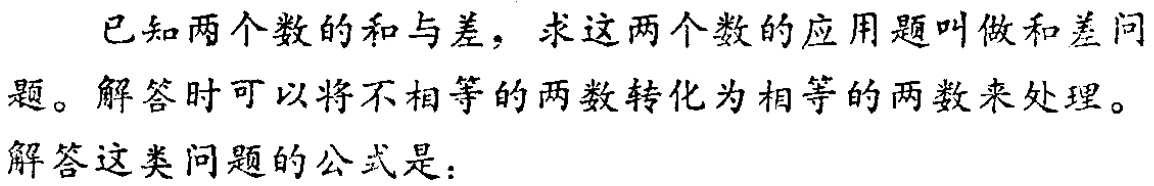
已知两个数的和与差，求这两个数的应用题叫做和差问题。解答时可以将不相等的两数转化为相等的两数来处理。
解答这类问题的公式是：